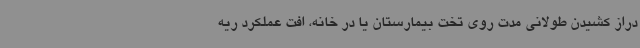
دراز کشیدن طولانی مدت روی تخت بیمارستان یا در خانه، افت عملکرد ریه